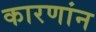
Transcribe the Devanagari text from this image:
कारणांन